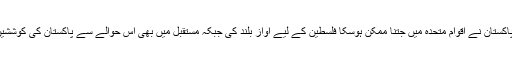
ان کا کہنا تھا کہ پاکستان نے اقوام متحدہ میں جتنا ممکن ہوسکا فلسطین کے لیے آواز بلند کی جبکہ مستقبل میں بھی اس حوالے سے پاکستان کی کوششیں جاری رہیں گی۔